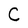
Character: C